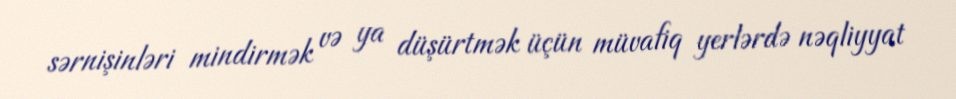
sərnişinləri mindirmək və ya düşürtmək üçün müvafiq yerlərdə nəqliyyat